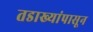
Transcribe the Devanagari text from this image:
तडाख्यांपासून